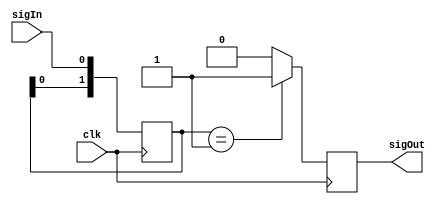
`timescale 1ns / 1ps
module one_shot( sigOut, sigIn, clk );

output reg sigOut;
input sigIn;

input clk;

reg [1:0] shift = 0;

always @( posedge clk ) begin
	shift <= { shift[0], sigIn };
	if( shift == 2'b01 )
		sigOut <= 1;
	else
		sigOut <= 0;
end


endmodule